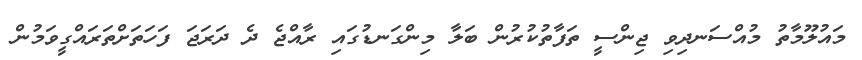
މައުލޫމާތު މުއްސަނދިވި ޖިންސީ ތަފާތުކުރުން ބަލާ މިންގަނޑުގައި ރާއްޖެ ދެ ދަރަޖަ ފަހަތަށްތަރައްގީވަމުން